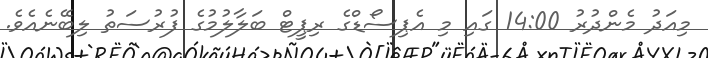
މިއަދު މެންދުރު 14:00 ގައި މި އެޕިސޯޑްގެ ރިޕީޓް ބަލާލުމުގެ ފުރުސަތު ލިބޭނެއެވެ.